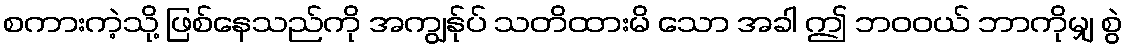
စကားကဲ့သို့ ဖြစ်နေသည်ကို အကျွန်ုပ် သတိထားမိ သော အခါ ဤ ဘဝဝယ် ဘာကိုမျှ စွဲ